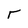
Character: r